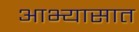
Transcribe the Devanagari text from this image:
आभ्यासात